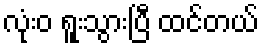
လုံးဝ ရူးသွားပြီ ထင်တယ်